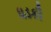
ધડકી